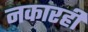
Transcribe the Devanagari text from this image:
नकारही